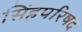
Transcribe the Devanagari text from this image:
सिंहपरिषद